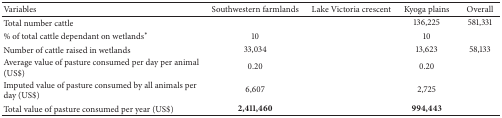
<table><thead><tr><td><b>Variables</b></td><td><b>Southwestern farmlands</b></td><td><b>Lake Victoria crescent</b></td><td><b>Kyoga plains</b></td><td><b>Overall</b></td></tr></thead><tbody><tr><td>Total number cattle </td><td>[EMPTY_CELL]</td><td>[EMPTY_CELL]</td><td>136,225</td><td>581,331</td></tr><tr><td>% of total cattle dependant on wetlands*</td><td>10</td><td>[EMPTY_CELL]</td><td>10</td><td>[EMPTY_CELL]</td></tr><tr><td>Number of cattle raised in wetlands</td><td>33,034</td><td>[EMPTY_CELL]</td><td>13,623</td><td>58,133</td></tr><tr><td>Average value of pasture consumed per day per animal (US$)</td><td>0.20</td><td>[EMPTY_CELL]</td><td>0.20</td><td>[EMPTY_CELL]</td></tr><tr><td>Imputed value of pasture consumed by all animals per day (US$)</td><td>6,607</td><td>[EMPTY_CELL]</td><td>2,725</td><td>[EMPTY_CELL]</td></tr><tr><td>Total value of pasture consumed per year (US$)</td><td><b>2,411,460</b></td><td>[EMPTY_CELL]</td><td><b>994,443</b></td><td>[EMPTY_CELL]</td></tr></tbody></table>